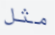
مثل